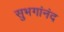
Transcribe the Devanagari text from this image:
सुभगांनंद